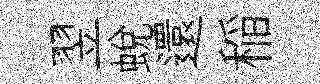
翌蛻還稲